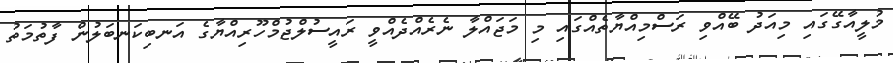
މުލީއާގޭގައި މިއަދު ބޭއްވި ރަސްމިއްޔާތެއްގައި މި މަޖައްލާ ނެރެއްދެއްވީ ރައީސުލްޖުމްހޫރިއްޔާގެ އަނބިކަނބަލުން ފާތުމަތު